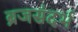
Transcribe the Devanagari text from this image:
ब्रजसंदर्भ